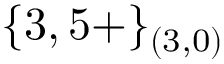
\{ 3 , 5 + \} _ { ( 3 , 0 ) }